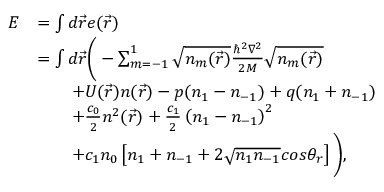
\begin{array} { r l } { E } & { = \int d \vec { r } e ( \vec { r } ) } \\ & { = \int d \vec { r } \Bigg ( - \sum _ { m = - 1 } ^ { 1 } \sqrt { n _ { m } ( \vec { r } ) } \frac { \hbar ^ { 2 } \nabla ^ { 2 } } { 2 M } \sqrt { n _ { m } ( \vec { r } ) } } \\ & { \qquad + U ( \vec { r } ) n ( \vec { r } ) - p ( n _ { 1 } - n _ { - 1 } ) + q ( n _ { 1 } + n _ { - 1 } ) } \\ & { \qquad + \frac { c _ { 0 } } { 2 } n ^ { 2 } ( \vec { r } ) + \frac { c _ { 1 } } { 2 } \left( n _ { 1 } - n _ { - 1 } \right) ^ { 2 } } \\ & { \qquad + c _ { 1 } n _ { 0 } \left[ n _ { 1 } + n _ { - 1 } + 2 \sqrt { n _ { 1 } n _ { - 1 } } c o s \theta _ { r } \right] \Bigg ) , } \end{array}